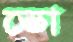
ভো